Report on horse surra - Volume II, Part II
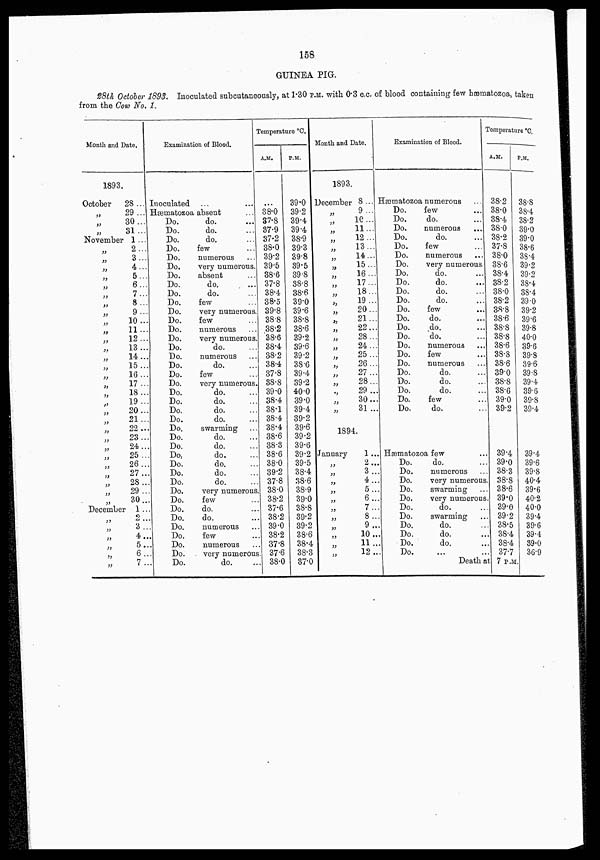
158
GUINEA PIG.
28th October 1893. Inoculated subcutaneously, at 1.30 P.M. with 0.3 c.c. of blood containing few hæmatozoa, taken
from the Cow No. 1.
Month and Date.
1893.
October
„
„
„
November
„
„
„
„
„
„
„
„
„
„
„
„
„
„
„
„
„
„
„
„
„
„
„
„
„
„
„
December
„
„
„
„
„
„
28...
29...
30...
31...
1...
2...
3...
4...
5...
6...
7 ...
8 ...
9...
10...
11...
12...
13...
14 ...
15...
16...
17...
18...
19...
20...
21...
22...
23...
24...
25...
26...
27...
28...
29...
30...
1...
2...
3 ...
4...
5...
6...
7...
Examination of Blood.
Inoculated
... ...
Hæmatozoa absent ...
Do.
Do.
Do.
Do.
Do.
Do.
Do.
Do.
Do.
Do.
Do.
Do.
Do.
Do.
Do.
Do.
Do.
Do.
Do.
Do.
Do.
Do.
Do.
Do.
Do.
Do.
Do,
Do.
Do.
Do.
Do.
Do.
Do.
Do.
Do.
Do.
Do.
Do.
Do.
do. ...
do. ...
do. ...
few ...
numerous ...
very numerous.
absent ...
do. ...
do. ...
few ...
very numerous.
few ...
numerous ...
very numerous.
do. ...
numerous ...
do. ...
few ...
very numerous.
do. ...
do. ...
do. ...
do. ...
swarming ...
do. ...
do. ...
do. ...
do. ...
do. ...
do. ...
very numerous.
few ...
do. ...
do. ...
numerous ...
few ...
numerous ...
very numerous.
do. ...
Temperature °C.
A.M.
...
38.0
37.8
37.9
37.2
38.0
39.2
39.5
38.6
37.8
38.4
38.5
39.8
38.8
38.2
38.6
38.4
38.2
38.4
37.8
38.8
39.0
38.4
38.1
38.4
38.4
38.6
38.3
38.6
38.0
39.2
37.8
38.0
38.2
37.6
38.2
39.0
38.2
37.8
37.6
38.0
P.M.
39.0
39.2
39.4
39.4
38.9
39.3
39.8
39.5
39.8
38.8
38.6
39.0
39.6
38.8
38.6
39.2
39.6
39.2
38.6
39.4
39.2
40.0
39.0
39.4
39.2
39.6
39.2
39.6
39.2
39.5
38.4
38.6
38.9
39.0
38.8
39.2
39.2
38.6
38.4
38.3
37.0
Month and Date.
1893.
December
„
„
„
„
„
„
„
„
„
„
„
„
„
„
„
„
„
„
„
„
„
„
„
1894.
January
„
„
„
„
„
„
„
„
„
„
„
8...
9...
10...
11...
12...
13....
14...
15...
16...
17...
18...
19...
20...
21...
22...
28...
24...
25...
26...
27...
28...
29...
30...
31...
1..
2..
3..
4..
5..
6..
7..
8..
9..
10..
11..
12..
Examination of Blood.
Hæmatozoa
Do.
Do.
Do.
Do.
Do.
Do.
Do.
Do.
Do.
Do.
Do.
Do.
Do.
Do.
Do.
Do.
Do.
Do.
Do.
Do.
Do.
Do.
Do.
numerous ...
few ...
do. ...
numerous ...
do. ...
few ...
numerous ...
very numerous.
do. ...
do. ...
do. ...
do. ...
few ...
do. ...
do. ...
do. ...
numerous ...
few ...
numerous ...
do.
...
do. ...
do. ...
few. ...
do. ...
Hæmatozoa few ...
Do...
Do...
Do...
Do...
Do...
Do...
Do...
Do...
Do...
Do...
Do...
do. ...
numerous ...
very numerous
swarming ...
very numerous.
do. ...
swarming ...
do. ...
do. ...
do. ...
... ...
Temperature °C.
A.M.
38.2
38.0
38.4
38.0
38.2
37.8
38.0
38.6
38.4
38.2
38.0
38.2
38.8
38.6
38.8
38.8
38.6
38.8
38.6
39.0
38.8
38.6
39.0
39.2
39.4
39.0
38.3
38.8
38.6
39.0
39.0
39.2
38.5
38.4
38.4
37.7
P.M.
38.8
38.4
38.2
39.0
39.0
38.6
38.4
39.2
39.2
38.4
38.4
39.0
39.2
39.6
39.8
40.0
39.6
39.8
39.6
39.8
39.4
39.6
39.8
39.4
39.4
39.6
39.8
40.4
39.6
40.2
40.0
39.4
39.6
39.4
39.0
36.9
Death at 7 P.M.